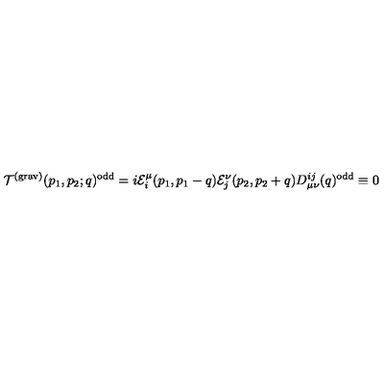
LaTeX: { \cal T } ^ { ( \mathrm { g r a v } ) } ( p _ { 1 } , p _ { 2 } ; q ) ^ { \mathrm { o d d } } = i { \cal E } _ { i } ^ { \mu } ( p _ { 1 } , p _ { 1 } - q ) { \cal E } _ { j } ^ { \nu } ( p _ { 2 } , p _ { 2 } + q ) D _ { \mu \nu } ^ { i j } ( q ) ^ { \mathrm { o d d } } \equiv 0